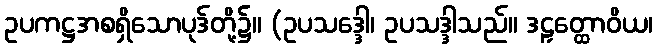
ဥပကဋ္ဌအစရှိသောပုဒ်တို့၌။ (ဥပသဒ္ဒေါ၊ ဥပသဒ္ဒါသည်။ ဒဠှတ္ထောဝိယ၊